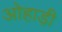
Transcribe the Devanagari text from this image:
ओहाड़ी